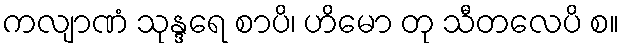
ကလျာဏံ သုန္ဒရေ စာပိ၊ ဟိမော တု သီတလေပိ စ။